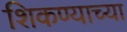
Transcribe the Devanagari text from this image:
शिकण्याच्‍या